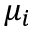
\mu _ { i }